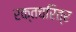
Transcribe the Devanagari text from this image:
रक्तचरित्र